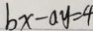
b x - a y = 4